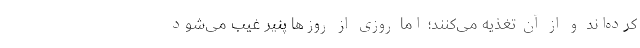
کرده‌اند و از آن تغذیه می‌کنند؛ اما روزی از روزها پنیر غیب می‌شود